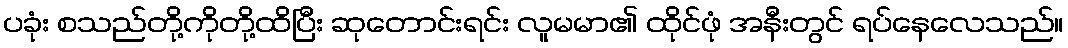
ပခုံး စသည်တို့ကိုတို့ထိပြီး ဆုတောင်းရင်း လူမမာ၏ ထိုင်ဖုံ အနီးတွင် ရပ်နေလေသည်။